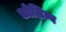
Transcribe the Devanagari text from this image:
लोलिम्ब